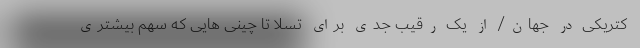
کتریکی در جهان/ از یک رقیب جدی برای تسلا تا چینی هایی که سهم بیشتری